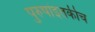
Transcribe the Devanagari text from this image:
पुरुषांइतकीच